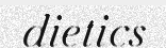
dietics